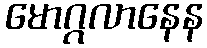
မောဂ္ဂလာနေန